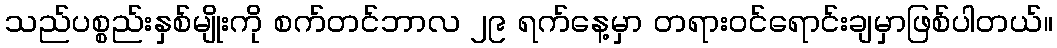
သည်ပစ္စည်းနှစ်မျိုးကို စက်တင်ဘာလ ၂၉ ရက်နေ့မှာ တရားဝင်ရောင်းချမှာဖြစ်ပါတယ်။